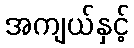
အကျယ်နှင့်